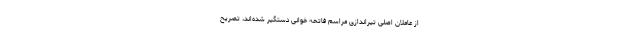
از عاملان اصلی تیراندازی مراسم فاتحه ‌خوانی دستگیر شده‌اند، تصریح